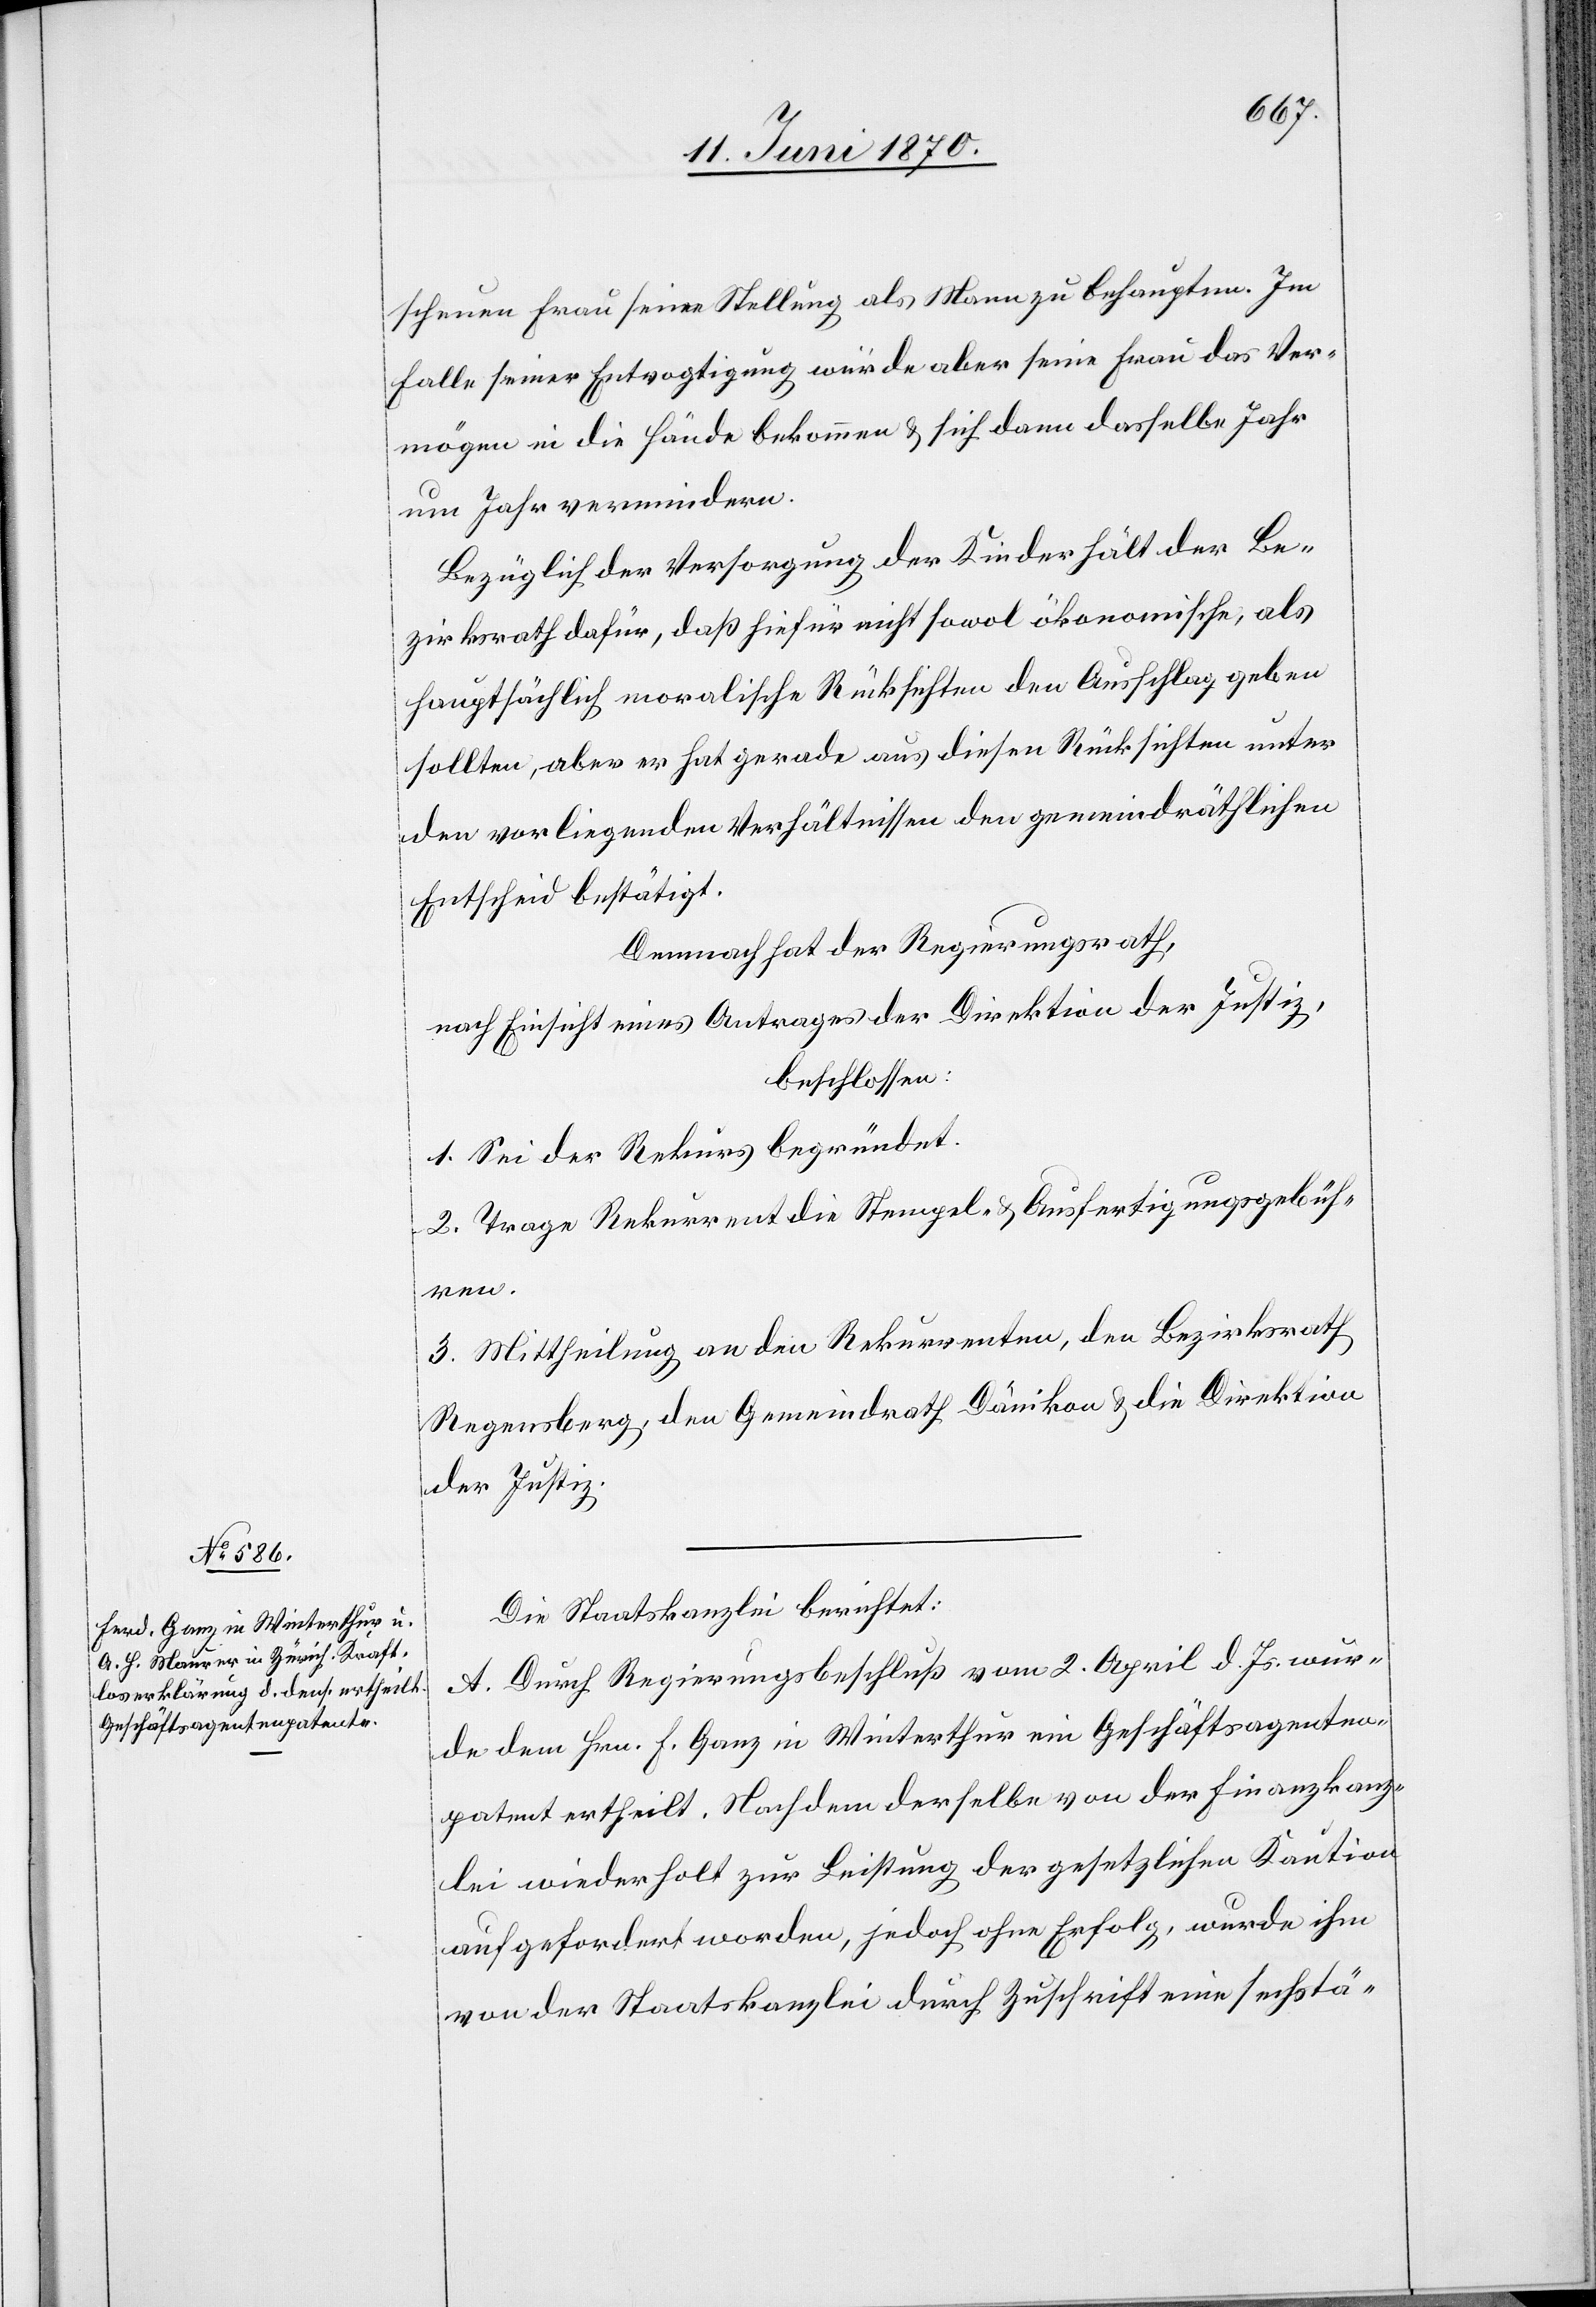
scheuen Frau seine Stellung als Mann zu behaupten. Im
Falle seiner Entvogtigung würde aber seine Frau das Ver¬
mögen in die Hände bekommen & sich dann dasselbe Jahr
um Jahr vermindern.
Bezüglich der Versorgung der Kinder hält der Be¬
zirksrath dafür, daß hiefür nicht sowol ökonomische, als
hauptsächlich moralische Rücksichten den Ausschlag geben
sollten, aber er hat gerade aus diesen Rücksichten unter
den vorliegenden Verhältnissen den gemeindräthlichen
Entscheid bestätigt.
Demnach hat der Regierungsrath,
nach Einsicht eines Antrages der Direktion der Justiz,
beschlossen:
1. Sei der Rekurs begründet.
2. Trage Rekurrent die Stempel- & Ausfertigungsgebüh¬
ren.
3. Mittheilung an den Rekurrenten, den Bezirksrath
Regensberg, den Gemeindrath Dänikon & die Direktion
der Justiz.
Die Staatskanzlei berichtet:
A. Durch Regierungsbeschluß vom 2. April d. Js. wur¬
de dem Hrn. F. Ganz in Winterthur ein Geschäftsagenten¬
patent ertheilt. Nachdem derselbe von der Finanzkanz¬
lei wiederholt zur Leistung der gesetzlichen Kaution
aufgefordert worden, jedoch ohne Erfolg, wurde ihm
von der Staatskanzlei durch Zuschrift eine sechstä-